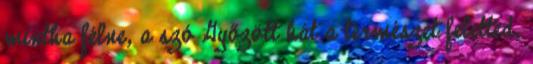
mintha félne, a szó Győzött hát a természet feletted,